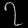
Digit: ၇